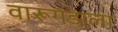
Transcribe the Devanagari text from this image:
वारूगडाला